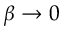
\beta \rightarrow 0